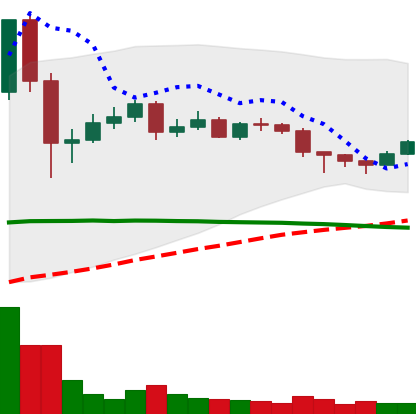
Ticker: DOGE-USD
Chart end date: 2020-12-13
Forward return: 18.489%
Label: up_7plus